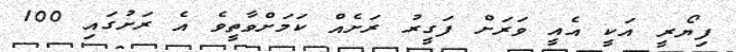
ފިޔޯރީ އަކީ އެއީ ވަރަށް ފަގީރު ރަށެެއް ކަމަށްވާތީވެ އެ ރަށުގައި 100